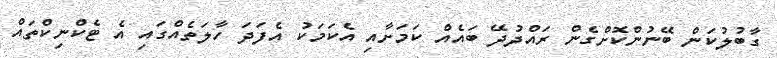
ގާބުލުކަން ބޭނުންކޮށްގެން ރައްދުދޭ ބައެއް ކަމަށާއި އެކަމަކު އެފަދަ ހާލަތެއްގައި އެ ޓެކްނިކްތައް